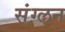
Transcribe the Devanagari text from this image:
संग्लन